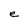
Character: e